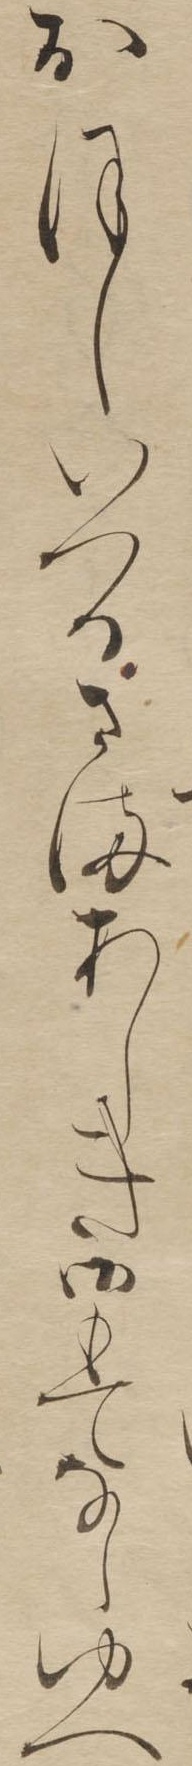
おほしいつるさまあしき御もてなしゆへ